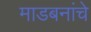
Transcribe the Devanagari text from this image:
माडबनांचे